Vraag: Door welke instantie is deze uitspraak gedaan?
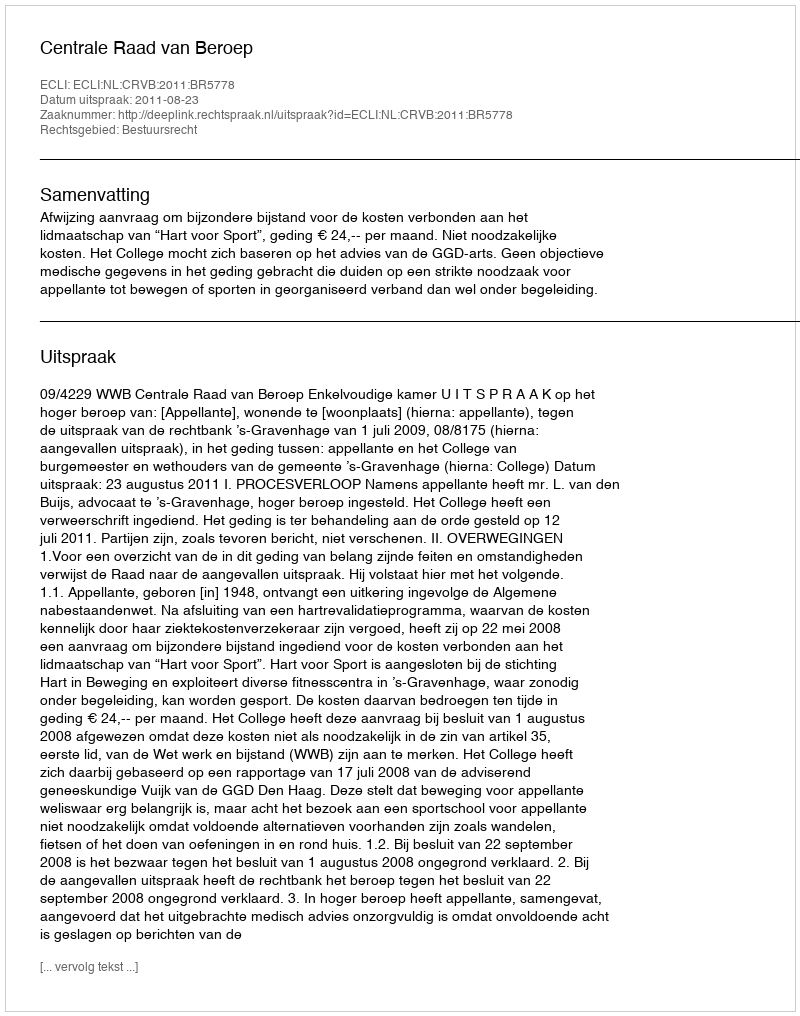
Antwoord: Centrale Raad van Beroep